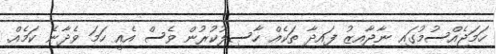
ހަމަޖެއްސުމުގައި ނާޖާއިޒު ފައިދާ ތަކެއް ހާސިލުކުރުން ވެސް އެއީ ހަމަ ވެދާނެ ކަމެއް.